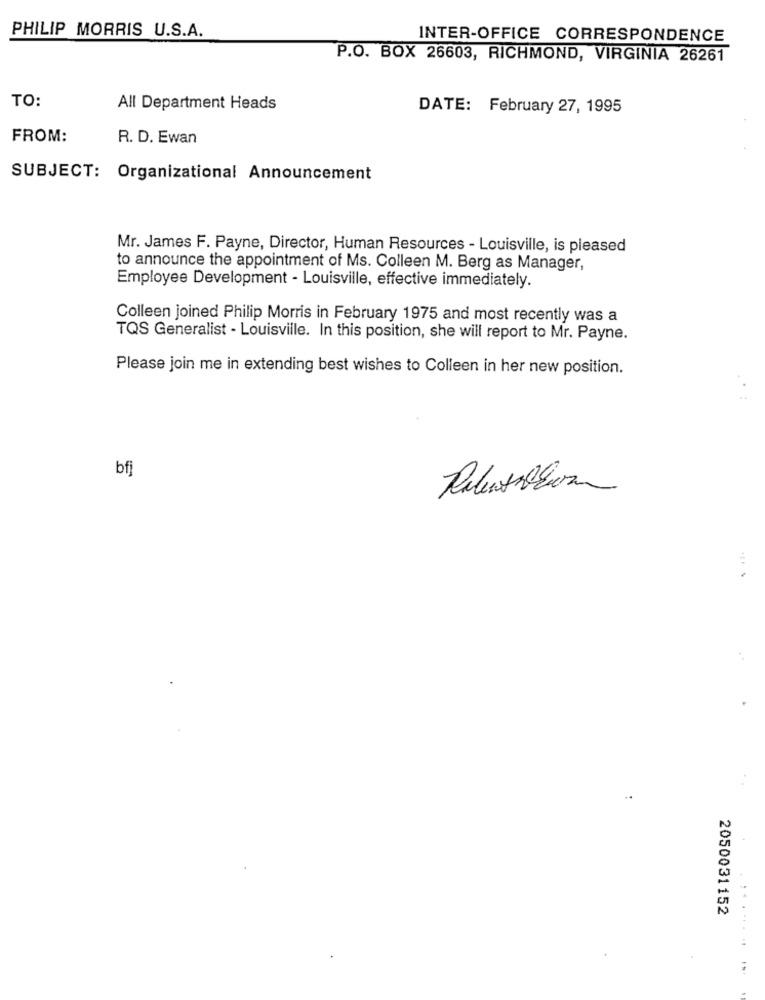
PHILIP MORRIS U.S.A.
INTER-OFFICE CORRESPONDENCE
P.O. BOX 26603, RICHMOND, VIRGINIA 26261
TO:
All Department Heads
DATE: February 27, 1995
FROM:
R. D. Ewan
SUBJECT: Organizational Announcement
Mr. James F. Payne, Director, Human Resources - Louisville, is pleased
to announce the appointment of Ms. Colleen M. Berg as Manager,
Employee Development - Louisville, effective immediately.
Colleen joined Philip Morris in February 1975 and most recently was a
TQS Generalist - Louisville. In this position, she will report to Mr. Payne.
Please join me in extending best wishes to Colleen in her new position.
bfj
2050031152